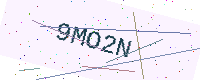
Text: 9MO2N